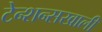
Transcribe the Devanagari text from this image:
टेन्शन्सखाली